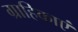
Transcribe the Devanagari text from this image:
ग्राहिकाएं